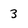
Character: 3